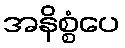
အနိစ္စံပေ